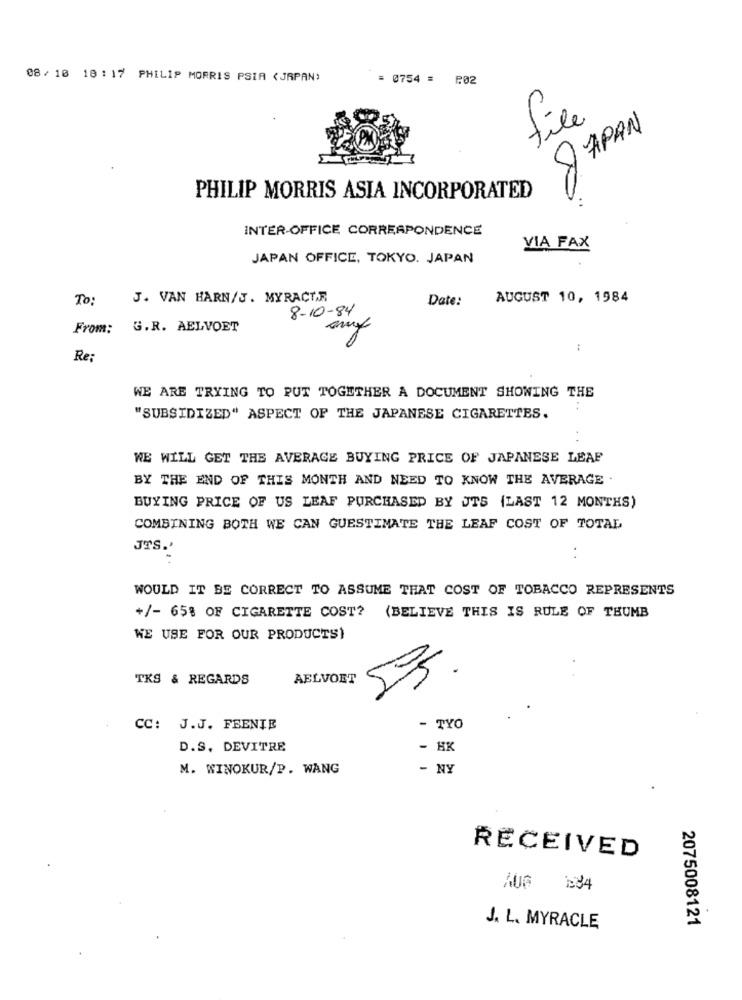
08/ 10 18 : 17 PHILIP MORRIS PSIA (JAPAN)
= 0754 = P.02
file
JAPAN
PHILIP MORRIS ASIA INCORPORATED
INTER-OFFICE CORRESPONDENCE
VIA FAX
JAPAN OFFICE, TOKYO. JAPAN
To:
J. VAN HARN/J. MYRACTE
Date:
AUGUST 10, 1984
8-10-84
From: G.R. AELVOET
:
Re:
WE ARE TRYING TO PUT TOGETHER A DOCUMENT SHOWING THE
"SUBSIDIZED" ASPECT OF THE JAPANESE CIGARETTES.
WE WILL GET THE AVERAGE BUYING PRICE OF JAPANESE LEAF
BY THE END OF THIS MONTH AND NEED TO KNOW THE AVERAGE .
BUYING PRICE OF US LEAF PURCHASED BY JTS (LAST 12 MONTHS)
COMBINING BOTH WE CAN GUESTIMATE THE LEAF COST OF TOTAL
JTS.'
..
WOULD IT BE CORRECT TO ASSUME THAT COST OF TOBACCO REPRESENTS
+/- 65% OF CIGARETTE COST? (BELIEVE THIS IS RULE OF THUMB
WE USE FOR OUR PRODUCTS)
5
TKS & REGARDS
AELVOET
CC: J.J. FEENIE
- TYO
D.S. DEVITRE
- HK
M. WINOKUR/P. WANG
- NY
RECEIVED
2075008121
J. L. MYRACLE